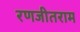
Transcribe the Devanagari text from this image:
रणजीतराम